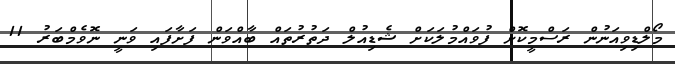
މޯލްޑިވިއަނުން ރަސްމީކޮށް ފުވައްމުލަކަށް ޝެޑިއުލް ދަތުރުތައް ބާއްވަން ފަށާފައި ވަނީ ނޮވެމްބަރު 11